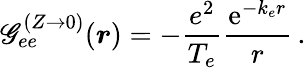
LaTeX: \mathscr{G}_{ee}^{(Z\to0)}(\boldsymbol{r})=-\frac{{e^{2}}}{{T_{e}}}\frac{{\mathrm{{e}}^{-k_{e}r}}}{{r}}\, .